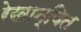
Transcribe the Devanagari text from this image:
रेखान्वित